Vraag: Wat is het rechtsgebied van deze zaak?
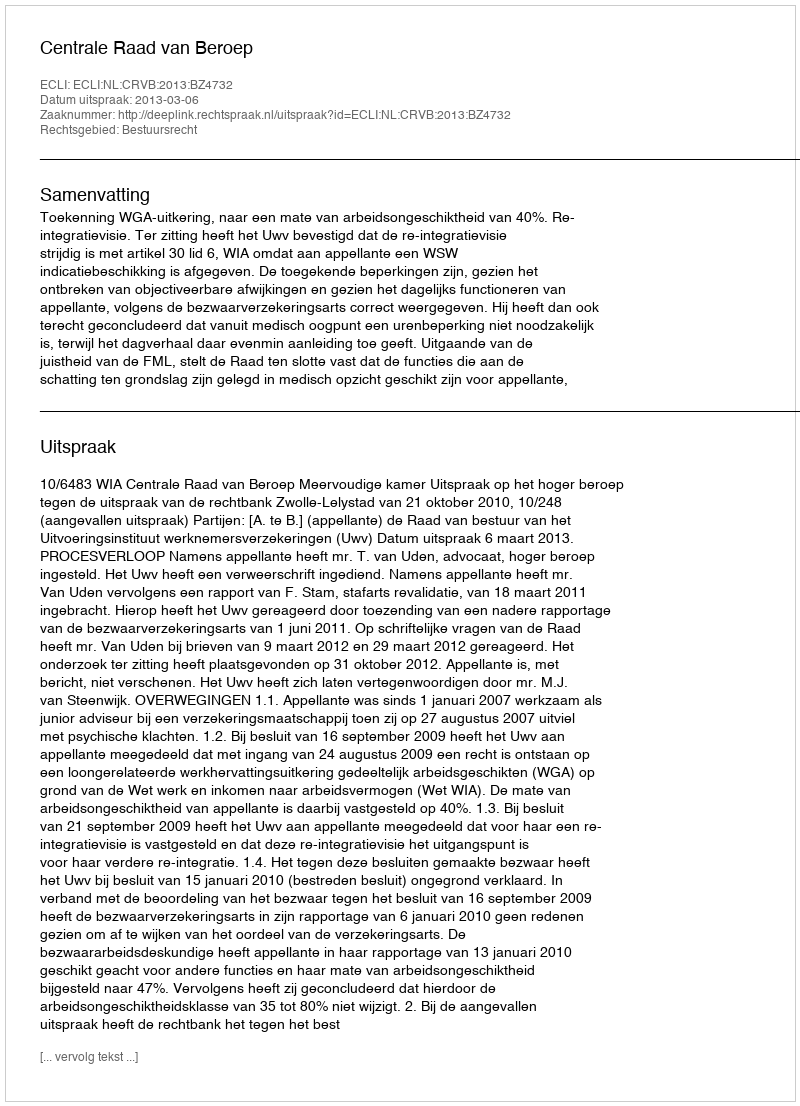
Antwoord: Bestuursrecht